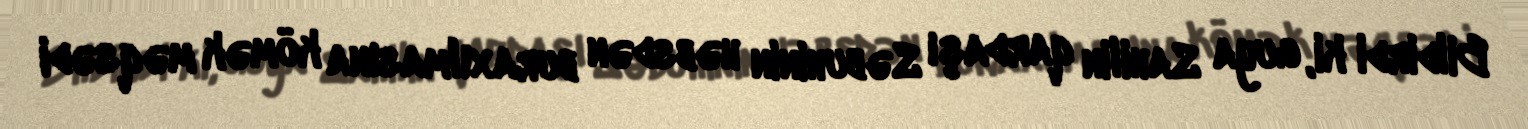
Bildirdi ki, guya Sahilin qardaşı Səbuhinin həbsdən buraxılmasına kömək məqsədi